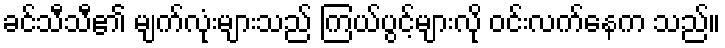
ခင်သီသီ၏ မျက်လုံးများသည် ကြယ်ပွင့်များလို ဝင်းလက်နေက သည်။